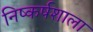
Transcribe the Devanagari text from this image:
निष्कर्षशाला